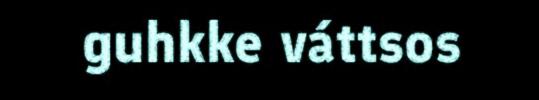
guhkke váttsos